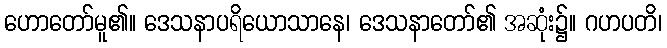
ဟောတော်မူ၏။ ဒေသနာပရိယောသာနေ၊ ဒေသနာတော်၏ အဆုံး၌။ ဂဟပတိ၊